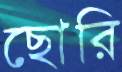
ছোরি